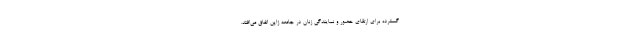
گسترده برای ارتقای حضور و نمایندگی زنان در جامعه ژاپن اتفاق می‌افتد.